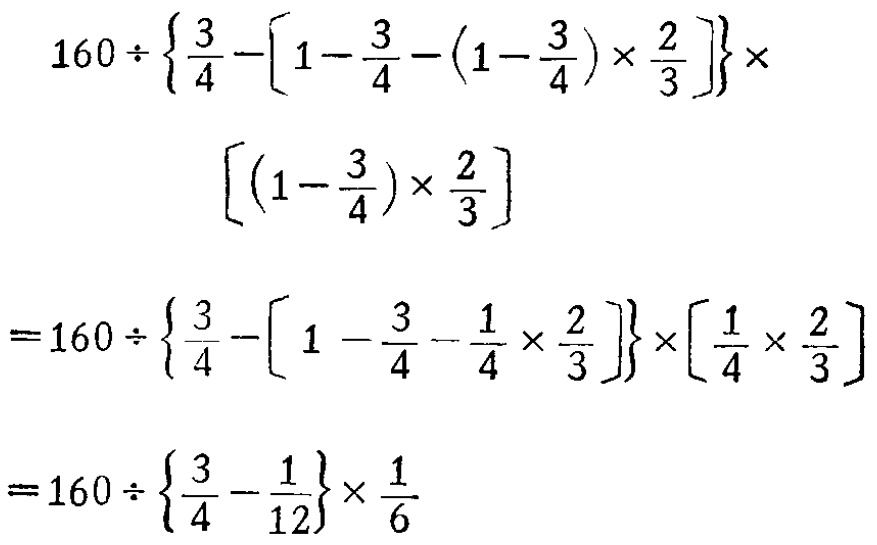
\[

\begin{align*}

&160\div\left\{\frac{3}{4}-\left[1 - \frac{3}{4}-(1 - \frac{3}{4})\times\frac{2}{3}\right]\right\}\times\left[(1 - \frac{3}{4})\times\frac{2}{3}\right]\\

=&160\div\left\{\frac{3}{4}-\left[1-\frac{3}{4}-\frac{1}{4}\times\frac{2}{3}\right]\right\}\times\left[\frac{1}{4}\times\frac{2}{3}\right]\\

=&160\div\left\{\frac{3}{4}-\frac{1}{12}\right\}\times\frac{1}{6}

\end{align*}

\]